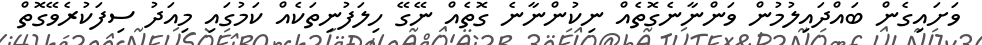
ވަށައިގެން ބައްދައިލުމުން ވަންނާނެގޮތެއް ނިކުންނާނެ ގޮތެއް ނޭގޭ ހިލަފުނިތަކެއް ކަމުގައި މިއަދު ސިފަކުރެވޭގޮތް